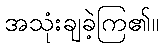
အသုံးချခဲ့ကြ၏။